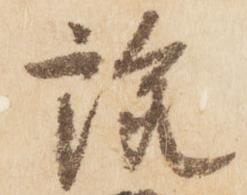
説